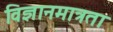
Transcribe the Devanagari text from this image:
विज्ञानमात्रता